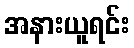
အနားယူရင်း